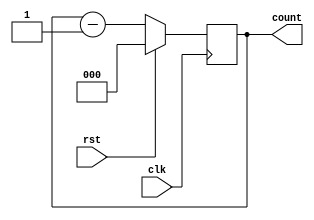
module down_counter(clk,rst,count);
input clk,rst;
output reg [2:0]count;
always @(posedge clk)begin
	if(rst==1)begin
		count=0;
	end
	else begin
		count=count-1;
	end
end
endmodule